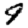
Digit: 9